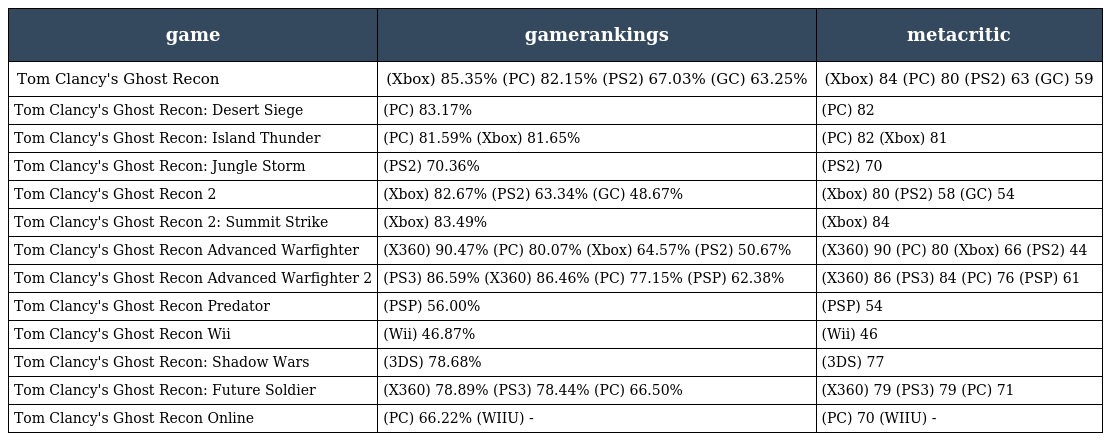
| game | gamerankings | metacritic |
 | --- | --- | --- |
 | Tom Clancy's Ghost Recon | (Xbox) 85.35% (PC) 82.15% (PS2) 67.03% (GC) 63.25% | (Xbox) 84 (PC) 80 (PS2) 63 (GC) 59 |
 | Tom Clancy's Ghost Recon: Desert Siege | (PC) 83.17% | (PC) 82 |
 | Tom Clancy's Ghost Recon: Island Thunder | (PC) 81.59% (Xbox) 81.65% | (PC) 82 (Xbox) 81 |
 | Tom Clancy's Ghost Recon: Jungle Storm | (PS2) 70.36% | (PS2) 70 |
 | Tom Clancy's Ghost Recon 2 | (Xbox) 82.67% (PS2) 63.34% (GC) 48.67% | (Xbox) 80 (PS2) 58 (GC) 54 |
 | Tom Clancy's Ghost Recon 2: Summit Strike | (Xbox) 83.49% | (Xbox) 84 |
 | Tom Clancy's Ghost Recon Advanced Warfighter | (X360) 90.47% (PC) 80.07% (Xbox) 64.57% (PS2) 50.67% | (X360) 90 (PC) 80 (Xbox) 66 (PS2) 44 |
 | Tom Clancy's Ghost Recon Advanced Warfighter 2 | (PS3) 86.59% (X360) 86.46% (PC) 77.15% (PSP) 62.38% | (X360) 86 (PS3) 84 (PC) 76 (PSP) 61 |
 | Tom Clancy's Ghost Recon Predator | (PSP) 56.00% | (PSP) 54 |
 | Tom Clancy's Ghost Recon Wii | (Wii) 46.87% | (Wii) 46 |
 | Tom Clancy's Ghost Recon: Shadow Wars | (3DS) 78.68% | (3DS) 77 |
 | Tom Clancy's Ghost Recon: Future Soldier | (X360) 78.89% (PS3) 78.44% (PC) 66.50% | (X360) 79 (PS3) 79 (PC) 71 |
 | Tom Clancy's Ghost Recon Online | (PC) 66.22% (WIIU) - | (PC) 70 (WIIU) - |